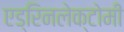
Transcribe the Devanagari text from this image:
एड्रिनलेक्टोमी